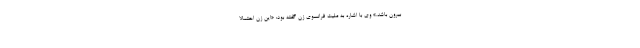
بیرون باشد.» وی با اشاره به ملیت فرانسوی زن گفته بود: «این زن احتمالا